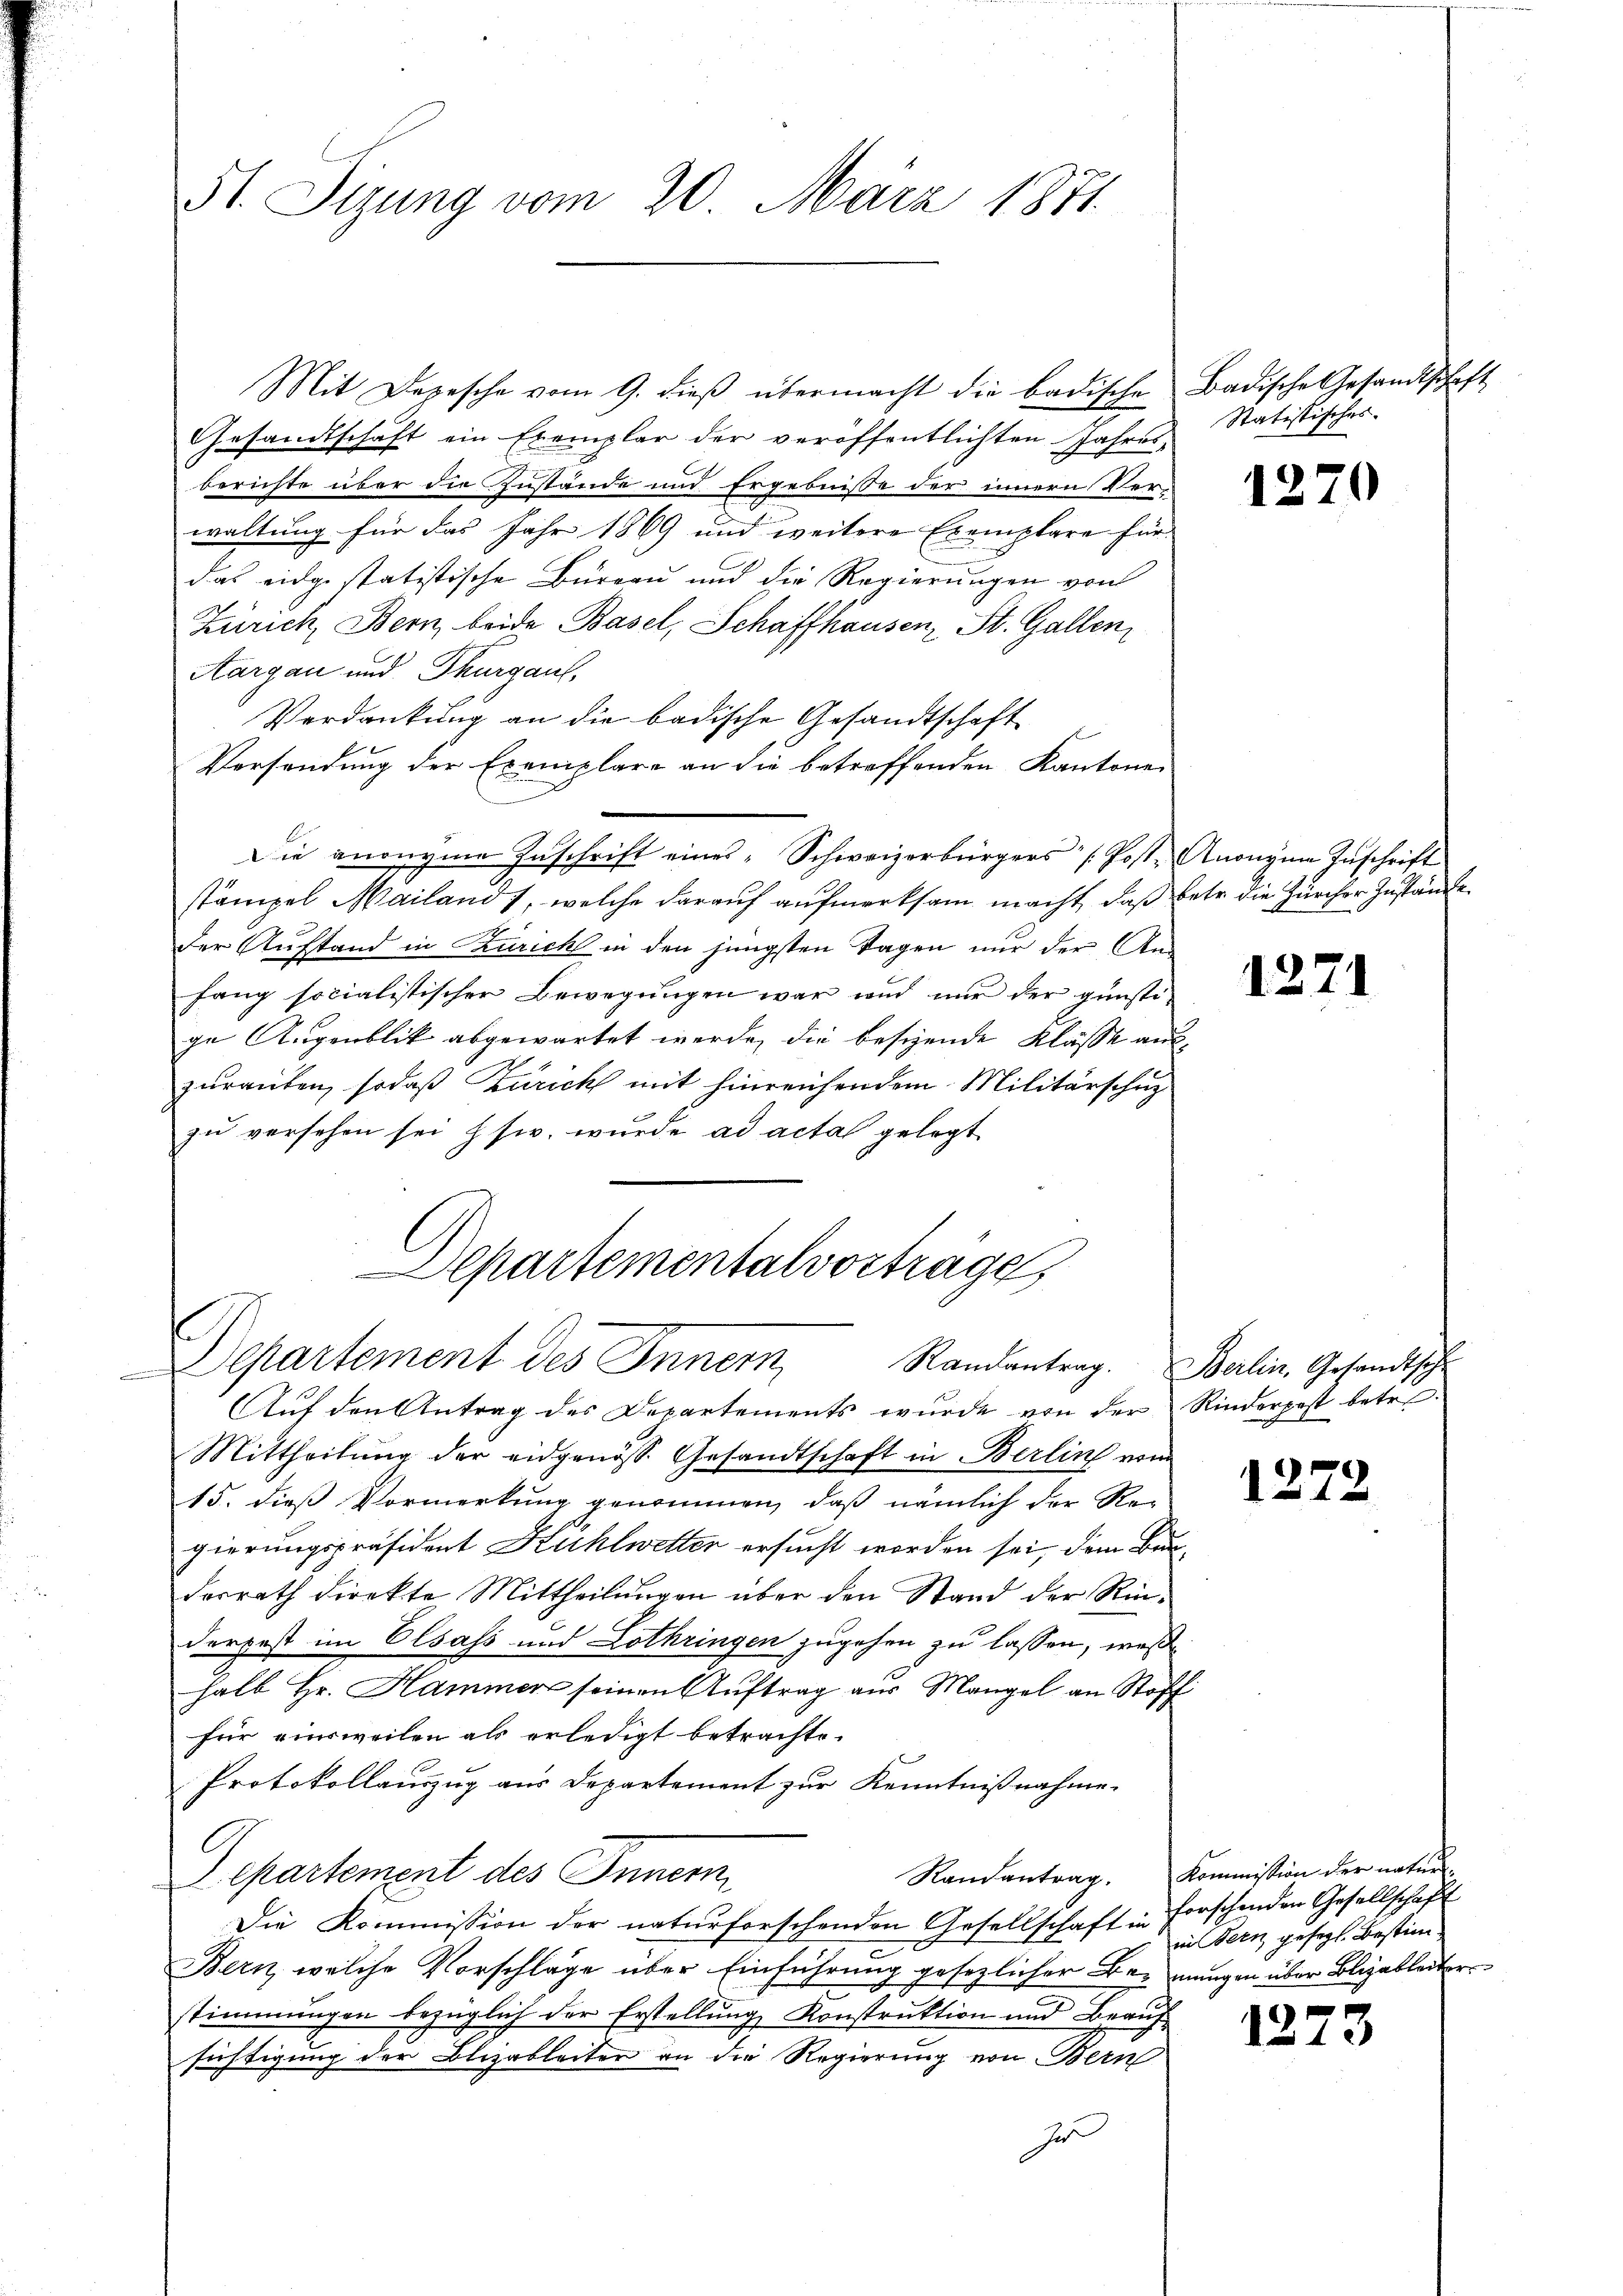
51. Sizung vom 20. März 1871.

Mit Depesche vom 9. dieβ übermacht die badische Badische Gesandtschaft
Gesandtschaft ein Exemplar der veröffentlichten Jahres-
berichte über die Zustände und Ergebnisse der innern Ver-
waltung für das Jahr 1869 und weitere Exemplare für
das eidgestatistische Burgau und die Regierungen von
Zürich, Bern beide Basel, Schaffhausen, St. Gallen
Aargau und Thurgau,
Verdankung an die badische Gesandtschaft
Versendung der Exemplare an die betreffenden Kantone
Die anonyme Zuschrift eines Schweizerbürgers (Post- Anonyma Zuschrift
stämpel Mailand 1, welche darauf aufmerksam macht, daß betr. die Zürcher Zustände
der Austand in Zürich in den jüngsten Tagen nur der An-
fang socialistischer Bewegungen war und nur der günstige Augenblik abgewartet werde, die besizende Klasse auf
zurauten, sodaß Zürich mit hinreichendem Militärschutz
zu versehen sei sie, wurde ad acta gelegt

Departementalvorträge,
s
Departement des Inner

Auf den Antrag des Departements wurde von der Rinderpost betr.
Mittheilung der eidgenöss. Gesandtschaft in Berlin von
15. dieß Vormerkung genommen, daß nämlich der Re-
gierungspräsident Kühlwetter ersucht worden sei, dem Baudesrath direkte Mittheilŭngen über den Stand der Rin-
derpest im Elsass und Lothringen zugehen zu lassen, wes
halb Hr. Hammer seinen Auftrag aus Mangel an Stoff
für einsweilen als erledigt betrachte.
Protokollauszug aus Departement zur Kenntnißnahme.
A
Randantrag. Kommission der naturepartement des Innern
Die Kommission der naturforschenden Gesellschaft in Forschenden Gesellschaft
c
Bern, welche Vorschläge über Einführung gesezlicher Bei mungen über Blizableiter
stimmungen bezüglich der Erstellung Konstruktion und Beaufsichtigung der Blizableiter an die Regierung von Bern
he

Statistisches.

1270

1271

Randantrag. Berlin, Gesandtsch

1272

in Bern gesezt. Bestim¬

1273